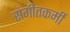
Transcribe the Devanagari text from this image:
संगीतकर्मी